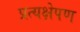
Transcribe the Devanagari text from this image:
प्रत्यक्षेपण